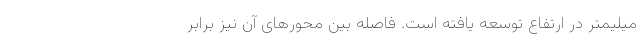
میلیمتر در ارتفاع توسعه یافته است. فاصله بین محورهای آن نیز برابر